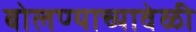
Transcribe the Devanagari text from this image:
बोलण्याच्यावेळी